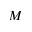
M